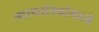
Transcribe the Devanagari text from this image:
न्यायसंस्थांमध्ये